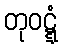
တုဝဋ္ဋံ